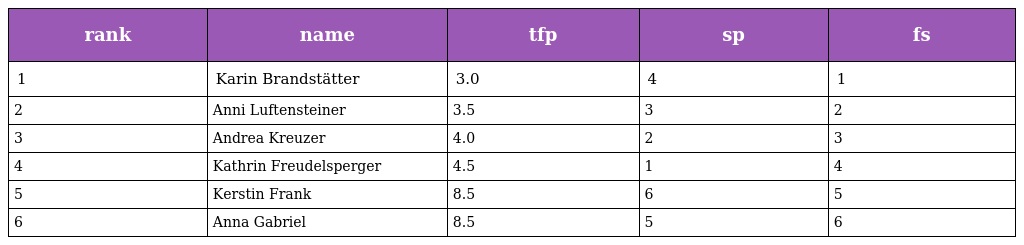
| rank | name | tfp | sp | fs |
 | --- | --- | --- | --- | --- |
 | 1 | Karin Brandstätter | 3.0 | 4 | 1 |
 | 2 | Anni Luftensteiner | 3.5 | 3 | 2 |
 | 3 | Andrea Kreuzer | 4.0 | 2 | 3 |
 | 4 | Kathrin Freudelsperger | 4.5 | 1 | 4 |
 | 5 | Kerstin Frank | 8.5 | 6 | 5 |
 | 6 | Anna Gabriel | 8.5 | 5 | 6 |